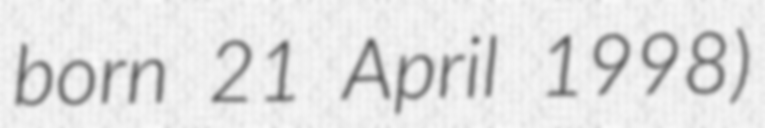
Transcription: born 21 April 1998)